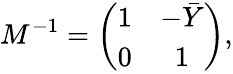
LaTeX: M^{-1}=\left(\begin{array}{cc}{{1}}&{{-\bar{Y}}}\\ {{0}}&{{1}}\end{array}\right),